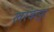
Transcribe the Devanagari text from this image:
खरकपुर